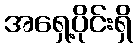
အရှေ့ပိုင်းရှိ